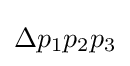
\Delta p_{1}p_{2}p_{3}